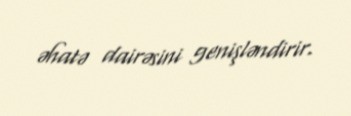
əhatə dairəsini genişləndirir.